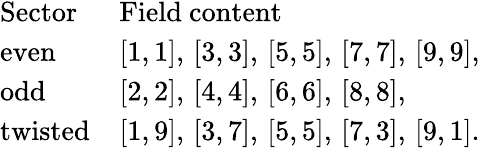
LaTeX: \begin{array}{ll}{{\mathrm{Sector}\ \ }}&{{\mathrm{Field~content}}}\\ {{\mathrm{even}}}&{{[1,1],\, [3,3],\, [5,5],\, [7,7],\, [9,9],\, }}\\ {{\mathrm{odd}}}&{{[2,2],\, [4,4],\, [6,6],\, [8,8],\, }}\\ {{\mathrm{twisted}}}&{{[1,9],\, [3,7],\, [5,5],\, [7,3],\, [9,1].}}\end{array}